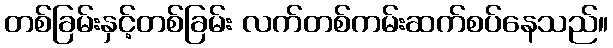
တစ်ခြမ်းနှင့်တစ်ခြမ်း လက်တစ်ကမ်းဆက်စပ်နေသည်။